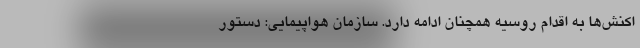
اکنش‌ها به اقدام روسیه همچنان ادامه دارد. سازمان هواپیمایی: دستور